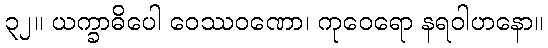
၃၂။ ယက္ခာဓိပေါ ဝေဿဝဏော၊ ကုဝေရော နရဝါဟနော။